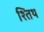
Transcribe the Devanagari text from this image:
श्तिथ